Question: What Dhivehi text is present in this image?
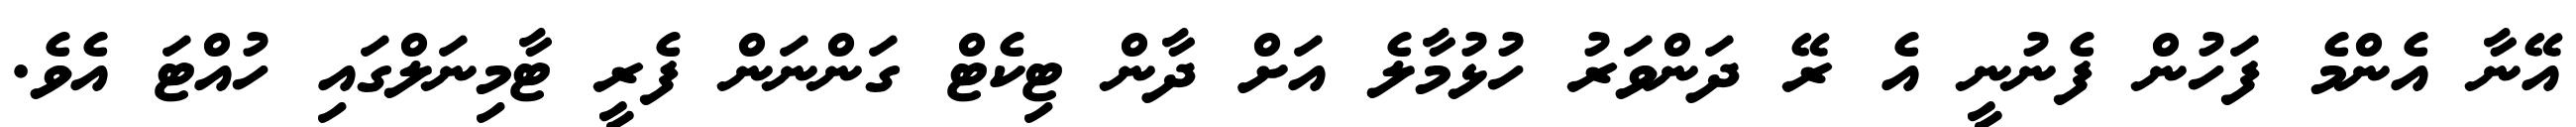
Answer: އޭނާ އެންމެ ފަހުން ފެނުނީ އެ ރޭ ދަންވަރު ހުޅުމާލެ އަށް ދާން ޓިކެޓް ގަންނަން ފެރީ ޓާމިނަލްގައި ހުއްޓަ އެވެ.